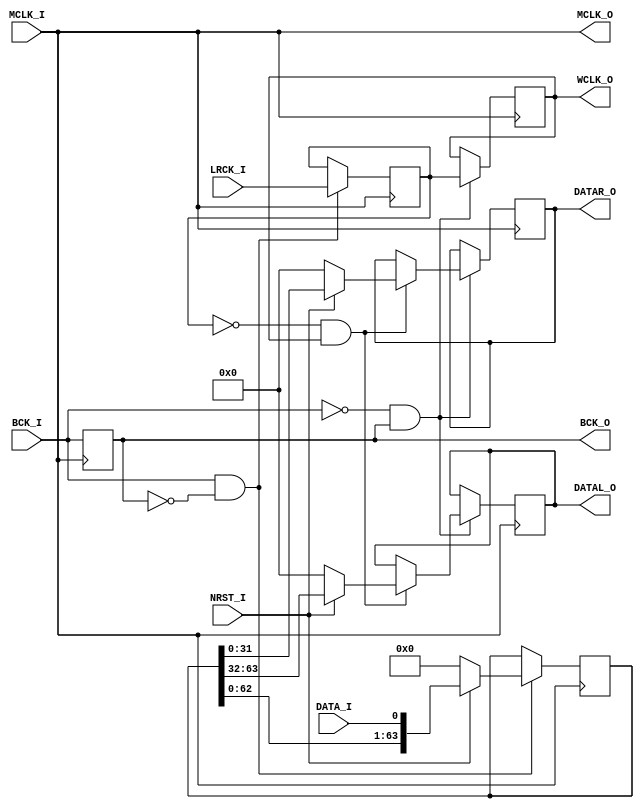
/*-----------------------------------------------------------------------------
* I2S_PCM_CONV_MASTER.v
*
* I2S to PCM Converter (Synchronous w/ MCLK)
* 
* Version: 0.11
* 
* Port
*   Input
*       MCLK_I: Master Clock Input (x2 or more faster than BCK_I).
*       BCK_I : I2S Bit Clock Input
*       LRCK_I: I2S L/R Clock Input
*       DATA_I: I2S Data Input
*       NRST_I: Synchronous Reset Input (Active Low).
*
*   Output
*       MCLK_O : Master Clock Output (Pass-through MCLK_I).
*       BCK_O  : PCM Bit Clock Output.
*       WCLK_O : PCM Word Clock Output.
*       DATAL_O: PCM Left Data Output.
*       DATAR_O: PCM Right Data Output.
*
* Parameters
*   PCM_BIT_WIDTH: PCM Bit Length (Default: 32)
*
* License under CERN-OHL-P v2
--------------------------------------------------------------------------------
| Copyright AUDIY 2024.                                                        |
|                                                                              |
| This source describes Open Hardware and is licensed under the CERN-OHL-P v2. |
|                                                                              |
| You may redistribute and modify this source and make products using it under |
| the terms of the CERN-OHL-P v2 (https:/cern.ch/cern-ohl).                    |
|                                                                              |
| This source is distributed WITHOUT ANY EXPRESS OR IMPLIED WARRANTY,          |
| INCLUDING OF MERCHANTABILITY, SATISFACTORY QUALITY AND FITNESS FOR A         |
| PARTICULAR PURPOSE. Please see the CERN-OHL-P v2 for applicable conditions.  |
--------------------------------------------------------------------------------
*
-----------------------------------------------------------------------------*/
module I2S_PCM_CONV_MASTER #(
    /* Parameter Definition */
    parameter PCM_BIT_WIDTH = 32
)(
    /* Input Port Definition */
    input  wire                            MCLK_I,
    input  wire                            BCK_I,
    input  wire                            LRCK_I,
    input  wire                            DATA_I,
    input  wire                            NRST_I,

    /* Output Port Definition */
    output wire                            MCLK_O,
    output wire                            BCK_O,
    output wire                            WCLK_O,
    output wire signed [PCM_BIT_WIDTH-1:0] DATAL_O,
    output wire signed [PCM_BIT_WIDTH-1:0] DATAR_O
);

    /* Internal Register/Wire Definition */
    reg                              BCK_REG   = 1'b1;
    reg                              LRCK_REG1 = 1'b1;
    reg                              LRCK_REG2 = 1'b1;
    reg signed [2*PCM_BIT_WIDTH-1:0] DATA_REG  = {(2*PCM_BIT_WIDTH){1'b0}};
    reg signed [PCM_BIT_WIDTH-1:0]   DATAL_REG = {(PCM_BIT_WIDTH){1'b0}};
    reg signed [PCM_BIT_WIDTH-1:0]   DATAR_REG = {(PCM_BIT_WIDTH){1'b0}};

    /* RTL */
    always @ (posedge MCLK_I) begin
        BCK_REG  <= BCK_I;

        if ((BCK_I & ~BCK_REG) == 1'b1) begin
            /* posedge BCK_I */
            LRCK_REG1 <= LRCK_I;
            if (NRST_I == 1'b0) begin
                /* Mute While Reset */
                DATA_REG <= {(2*PCM_BIT_WIDTH){1'b0}};
            end else begin
                /* Store DATA_I to Data Register */
                DATA_REG <= {DATA_REG[2*PCM_BIT_WIDTH-2:0], DATA_I};
            end
        end

        if ((~BCK_I & BCK_REG) == 1'b1) begin
            /* negedge BCK_I */
            LRCK_REG2 <= LRCK_REG1;
            if ((~LRCK_REG1 & LRCK_REG2) == 1'b1) begin
                /* negedge LRCK_I */
                if (NRST_I == 1'b0) begin
                    /* Mute While Reset */
                    DATAL_REG <= {(PCM_BIT_WIDTH){1'b0}};
                    DATAR_REG <= {(PCM_BIT_WIDTH){1'b0}};
                end else begin
                    /* PCM Data Output */
                    DATAL_REG <= DATA_REG[2*PCM_BIT_WIDTH-1:PCM_BIT_WIDTH];
                    DATAR_REG <= DATA_REG[PCM_BIT_WIDTH-1:0];
                end
            end
        end
    end

    /* Output Assign */
    assign MCLK_O  = MCLK_I;
    assign BCK_O   = BCK_REG;
    assign WCLK_O  = LRCK_REG2;
    assign DATAL_O = DATAL_REG;
    assign DATAR_O = DATAR_REG;

endmodule